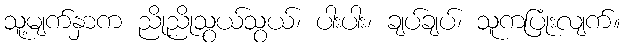
သူ့မျက်နှာက ညိုညိုသွယ်သွယ်၊ ပါးပါး၊ ချပ်ချပ်၊ သူကပြုံးလျက်။